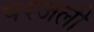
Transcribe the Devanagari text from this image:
परजली